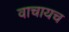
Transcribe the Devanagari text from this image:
वाचायच